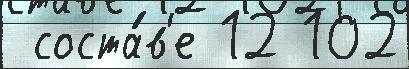
 соста́в'е 12 102